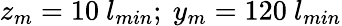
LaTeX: z_{m}=10~l_{min};~y_{m}=120~l_{min}